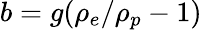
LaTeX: b=g(\rho_{e}/\rho_{p}-1)